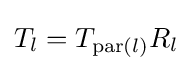
T_{l}=T_{\operatorname {par} (l)}R_{l}